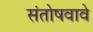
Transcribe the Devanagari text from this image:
संतोषवावे